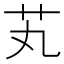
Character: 芄